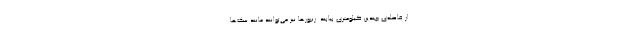
از فاصله‌ی چندین کیلومتری بیابند. زنبورها نیز می‌توانند مانند سگ‌ها